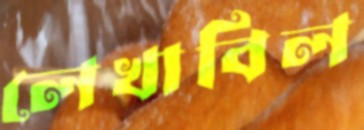
লেখাবিল